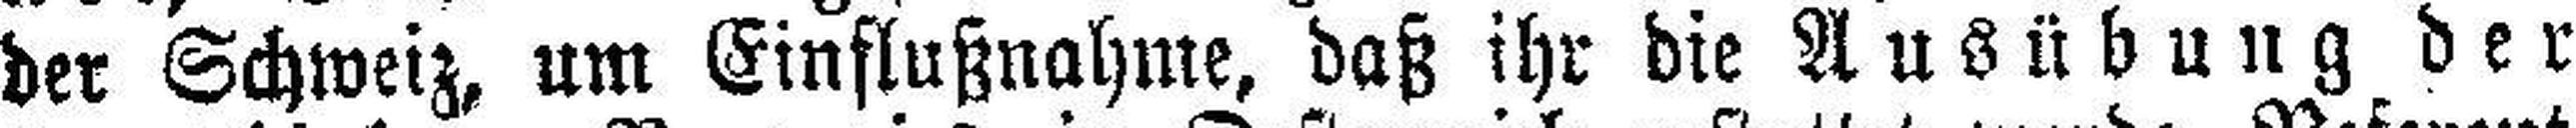
der Schweiz, um Einflußnahme, daß ihr die Ausübung der